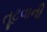
તૂટવાની